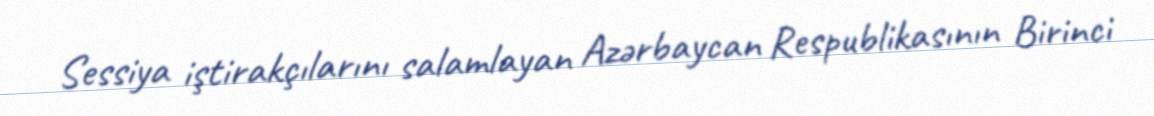
Sessiya iştirakçılarını salamlayan Azərbaycan Respublikasının Birinci